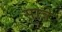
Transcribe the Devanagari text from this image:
सात्रे